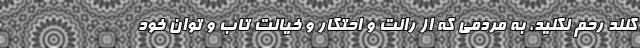
کنند رحم نکنید، به مردمی که از رانت و احتکار و خیانت تاب و توان خود